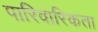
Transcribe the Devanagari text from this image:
पारिवारिकता